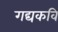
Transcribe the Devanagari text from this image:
गद्यकवि